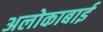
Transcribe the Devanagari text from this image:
अलोकाबाई